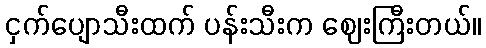
ငှက်ပျောသီးထက် ပန်းသီးက ဈေးကြီးတယ်။